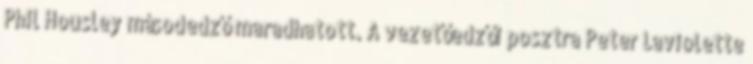
Phil Housley másodedző maradhatott. A vezetőedzői posztra Peter Laviolette